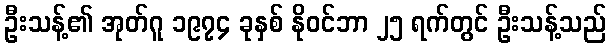
ဦးသန့်၏ အုတ်ဂူ ၁၉၇၄ ခုနှစ် နိုဝင်ဘာ ၂၅ ရက်တွင် ဦးသန့်သည်